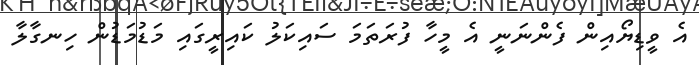
އެ ވީޑިޔޯއިން ފެންނަނީ އެ މީހާ ފުރަތަމަ ސައިކަލު ކައިރީގައި މަޑުމަޑުން ހިނގާލާ